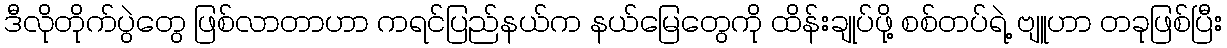
ဒီလိုတိုက်ပွဲတွေ ဖြစ်လာတာဟာ ကရင်ပြည်နယ်က နယ်မြေတွေကို ထိန်းချုပ်ဖို့ စစ်တပ်ရဲ့ ဗျူဟာ တခုဖြစ်ပြီး